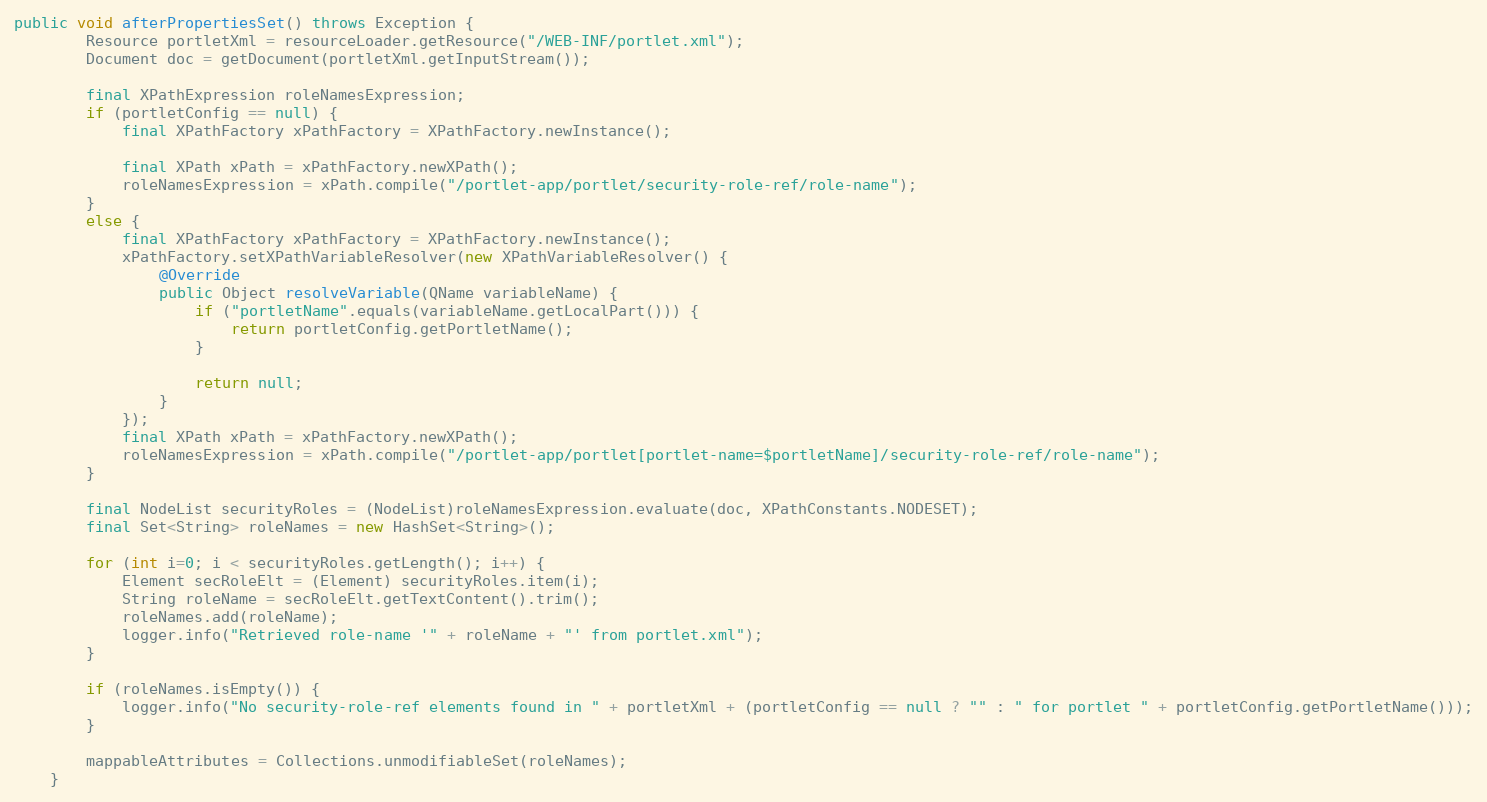
Language: Java
public void afterPropertiesSet() throws Exception {
        Resource portletXml = resourceLoader.getResource("/WEB-INF/portlet.xml");
        Document doc = getDocument(portletXml.getInputStream());

        final XPathExpression roleNamesExpression;
        if (portletConfig == null) {
        	final XPathFactory xPathFactory = XPathFactory.newInstance();

        	final XPath xPath = xPathFactory.newXPath();
        	roleNamesExpression = xPath.compile("/portlet-app/portlet/security-role-ref/role-name");
        }
        else {
        	final XPathFactory xPathFactory = XPathFactory.newInstance();
            xPathFactory.setXPathVariableResolver(new XPathVariableResolver() {
                @Override
                public Object resolveVariable(QName variableName) {
                    if ("portletName".equals(variableName.getLocalPart())) {
                        return portletConfig.getPortletName();
                    }

                    return null;
                }
            });
            final XPath xPath = xPathFactory.newXPath();
        	roleNamesExpression = xPath.compile("/portlet-app/portlet[portlet-name=$portletName]/security-role-ref/role-name");
        }

        final NodeList securityRoles = (NodeList)roleNamesExpression.evaluate(doc, XPathConstants.NODESET);
        final Set<String> roleNames = new HashSet<String>();

        for (int i=0; i < securityRoles.getLength(); i++) {
            Element secRoleElt = (Element) securityRoles.item(i);
            String roleName = secRoleElt.getTextContent().trim();
            roleNames.add(roleName);
            logger.info("Retrieved role-name '" + roleName + "' from portlet.xml");
        }

        if (roleNames.isEmpty()) {
        	logger.info("No security-role-ref elements found in " + portletXml + (portletConfig == null ? "" : " for portlet " + portletConfig.getPortletName()));
        }

        mappableAttributes = Collections.unmodifiableSet(roleNames);
    }